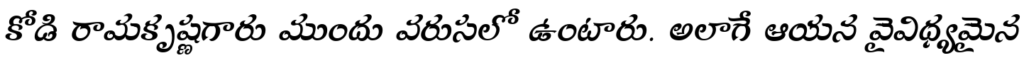
కోడి రామకృష్ణగారు ముందు వరుసలో ఉంటారు. అలాగే ఆయన వైవిధ్యమైన